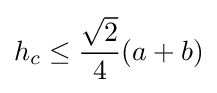
h_{c}\leq {\frac {\sqrt {2}}{4}}(a+b)